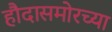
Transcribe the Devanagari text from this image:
हौदासमोरच्या